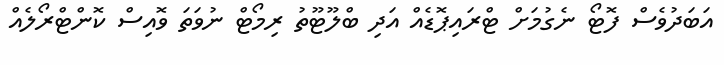
އަބަދުވެސް ފޮޓޯ ނެގުމަށް ޓްރައިޕޮޑެއް އަދި ބްލޫޓޫތު ރިމޯޓް ނުވަތަ ވޮއިސް ކޮންޓްރޯލެއް